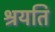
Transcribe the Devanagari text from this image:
श्रयति